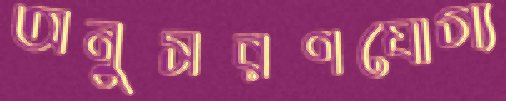
অনুসরণযোগ্য